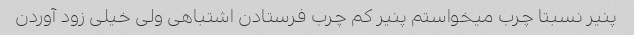
پنیر نسبتا چرب میخواستم پنیر کم چرب فرستادن اشتباهی ولی خیلی زود آوردن